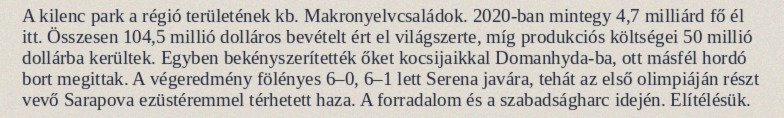
A kilenc park a régió területének kb. Makronyelvcsaládok. 2020-ban mintegy 4,7 milliárd fő él itt. Összesen 104,5 millió dolláros bevételt ért el világszerte, míg produkciós költségei 50 millió dollárba kerültek. Egyben bekényszerítették őket kocsijaikkal Domanhyda-ba, ott másfél hordó bort megittak. A végeredmény fölényes 6–0, 6–1 lett Serena javára, tehát az első olimpiáján részt vevő Sarapova ezüstéremmel térhetett haza. A forradalom és a szabadságharc idején. Elítélésük.